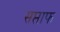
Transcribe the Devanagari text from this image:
सप्ताफ